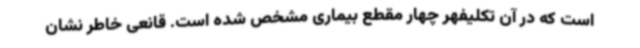
است که در آن تکلیفهر چهار مقطع بیماری مشخص شده است. قانعی خاطر نشان